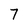
Character: 7